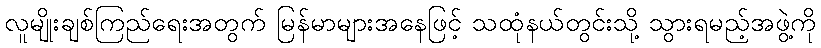
လူမျိုးချစ်ကြည်ရေးအတွက် မြန်မာများအနေဖြင့် သထုံနယ်တွင်းသို့ သွားရမည့်အဖွဲ့ကို